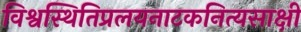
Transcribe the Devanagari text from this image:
विश्वस्थितिप्रलयनाटकनित्यसाक्षी